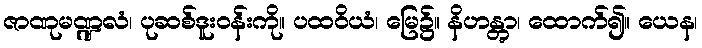
ဇာဏုမဏ္ဍလံ၊ ပုဆစ်ဒူးဝန်းကို။ ပထဝိယံ၊ မြေ၌။ နိဟန္တွာ၊ ထောက်၍။ ယေန၊